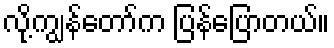
လို့ကျွန်တော်က ပြန်ပြောတယ်။